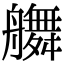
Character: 䒉